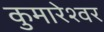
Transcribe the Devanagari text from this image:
कुमारेश्वर